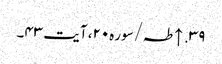
۳۹. ↑ طہ/سوره۲۰، آیت ۴۳۔